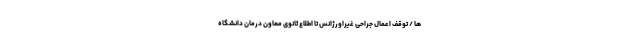
ها / توقف اعمال جراحی غیراورژانس تا اطلاع ثانوی معاون درمان دانشگاه